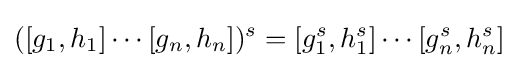
([g_{1},h_{1}]\cdots [g_{n},h_{n}])^{s}=[g_{1}^{s},h_{1}^{s}]\cdots [g_{n}^{s},h_{n}^{s}]